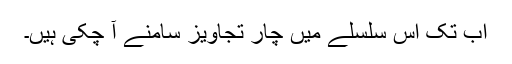
اب تک اس سلسلے میں چار تجاویز سامنے آ چکی ہیں۔